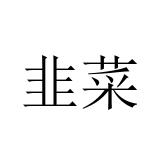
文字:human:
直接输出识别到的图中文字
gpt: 韭菜